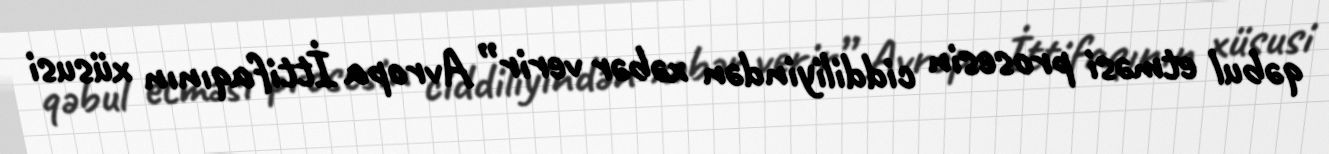
qəbul etməsi prosesin ciddiliyindən xəbər verir” Avropa İttifaqının xüsusi